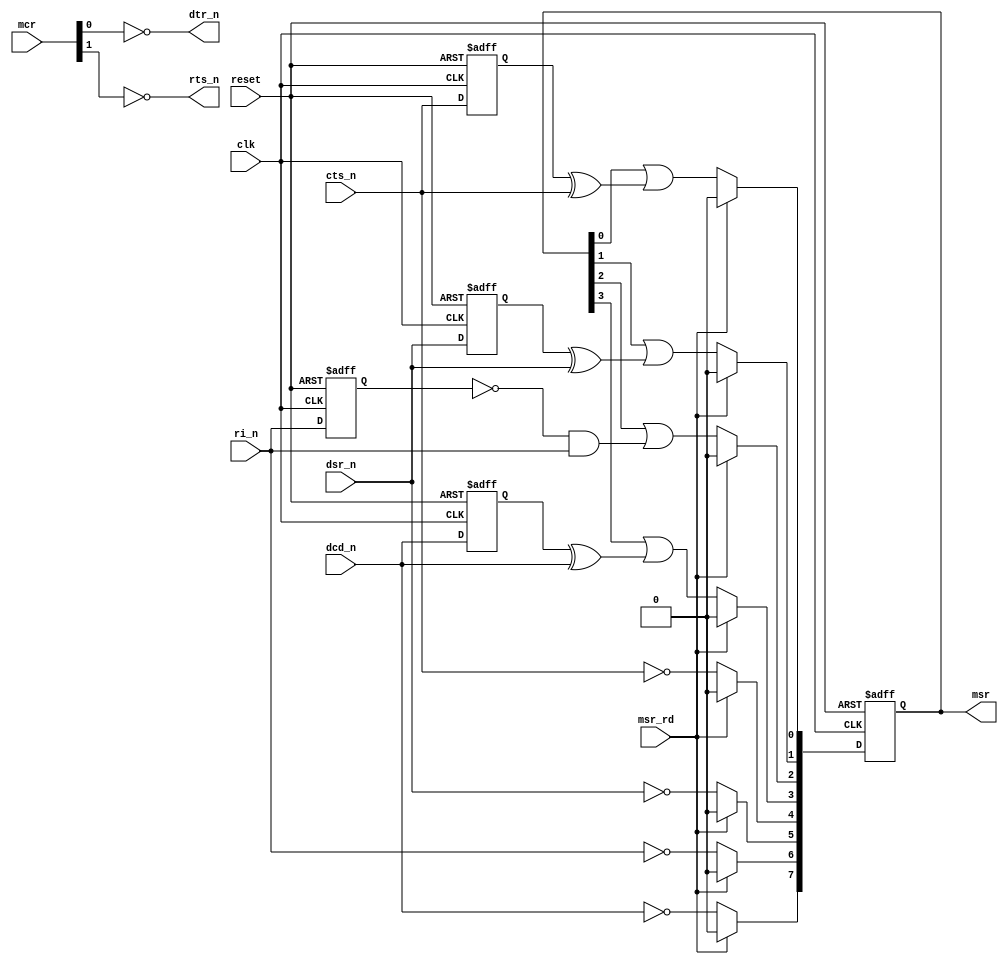
//   ==================================================================
//   >>>>>>>>>>>>>>>>>>>>>>> COPYRIGHT NOTICE <<<<<<<<<<<<<<<<<<<<<<<<<
//   ------------------------------------------------------------------
//   Copyright (c) 2013 by Lattice Semiconductor Corporation
//   ALL RIGHTS RESERVED 
//   ------------------------------------------------------------------
//
//   Permission:
//
//      Lattice SG Pte. Ltd. grants permission to use this code
//      pursuant to the terms of the Lattice Reference Design License Agreement. 
//
//
//   Disclaimer:
//
//      This VHDL or Verilog source code is intended as a design reference
//      which illustrates how these types of functions can be implemented.
//      It is the user's responsibility to verify their design for
//      consistency and functionality through the use of formal
//      verification methods.  Lattice provides no warranty
//      regarding the use or functionality of this code.
//
//   --------------------------------------------------------------------
//
//                  Lattice SG Pte. Ltd.
//                  101 Thomson Road, United Square #07-02 
//                  Singapore 307591
//
//
//                  TEL: 1-800-Lattice (USA and Canada)
//                       +65-6631-2000 (Singapore)
//                       +1-503-268-8001 (other locations)
//
//                  web: http://www.latticesemi.com/
//
//   --------------------------------------------------------------------
// --------------------------------------------------------------------
// Code Revision History :
// --------------------------------------------------------------------
// Ver: | Author |Mod. Date |Changes Made:
// V1.0 |        |          | Initial ver
//
// --------------------------------------------------------------------



`ifndef MODEM_FILE
`define MODEM_FILE
`timescale 1ns/10ps
module modem #(parameter DATAWIDTH = 8)
            (
             // Global reset and clock
             reset      , // Master reset
             clk        , // System Clock
             // Registers
             msr        , // Modem Status Reg
             mcr        , // Modem Control Reg
             // Rising Edge of msr Read Strobe
             msr_rd     , // pulse indicating rising of MsrRDn_r
             // Modem interface
             dcd_n      , // Data Carrier Detect
             cts_n      , // Clear To Send
             dsr_n      , // Data Set Ready
             ri_n       , // Ring Indicator
             dtr_n      , // Data Terminal Ready
             rts_n        // Request To Send
           );
           
 
  input                  reset   ;
  input                  clk     ;
  input [1:0]            mcr     ;
             
  input                  msr_rd  ;
                         
  input                  dcd_n   ;
  input                  cts_n   ;
  input                  dsr_n   ;
  input                  ri_n    ;     
  output [DATAWIDTH-1:0] msr     ; 
             
  output                 dtr_n   ;
  output                 rts_n   ;

  reg    [DATAWIDTH-1:0] msr_reg ;
  reg                    ctsn_d1 ;
  reg                    dsrn_d1 ;
  reg                    dcdn_d1 ;
  reg                    rin_d1  ;
  
  assign dtr_n = ~mcr[0];
  assign rts_n = ~mcr[1];

////////////////////////////////////////////////////////////////////////////////
//      Modem Status Register Setup
////////////////////////////////////////////////////////////////////////////////

  assign msr = msr_reg;

  always @(posedge clk or posedge reset)  begin
    if (reset) begin
        msr_reg <= 0;
        ctsn_d1 <= 1'b1;
        dsrn_d1 <= 1'b1;
        dcdn_d1 <= 1'b1;
        rin_d1  <= 1'b1;
        end
    else  begin
        ctsn_d1 <= cts_n;
        dsrn_d1 <= dsr_n;
        dcdn_d1 <= dcd_n;
        rin_d1  <= ri_n ;
        if (msr_rd) 
          msr_reg <= 0;
        else begin
          msr_reg[0] <= msr_reg[0] | (ctsn_d1 ^ cts_n); // Indicate CTSn changes
          msr_reg[1] <= msr_reg[1] | (dsrn_d1 ^ dsr_n); // Indicate DSRn changes
          msr_reg[2] <= msr_reg[2] | (~rin_d1 & ri_n ); // Rising edge of RI    
          msr_reg[3] <= msr_reg[3] | (dcdn_d1 ^ dcd_n); // Indicate DCDn changes
          msr_reg[4] <= !cts_n;  // Compliment of CTSn
          msr_reg[5] <= !dsr_n;  // Compliment of DSRn
          msr_reg[6] <= !ri_n ;  // Compliment of RIn 
          msr_reg[7] <= !dcd_n;  // Compliment of DCDn
          end
        end
     end

endmodule
`endif // MODEM_FILE